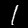
Digit: 1